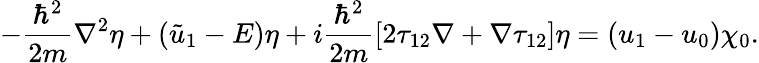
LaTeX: -{\frac{\hbar^{2}}{2m}}\nabla^{2}\eta+({\tilde{u}}_{1}-E)\eta+i{\frac{\hbar^{2}}{2m}}[2\mathbf{\tau}_{12}\nabla+\nabla\mathbf{\tau}_{12}]\eta=(u_{1}-u_{0})\chi_{0}.